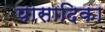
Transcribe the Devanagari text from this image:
पासादिका